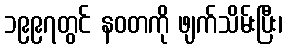
၁၉၉၇တွင် နဝတကို ဖျက်သိမ်းပြီး၊